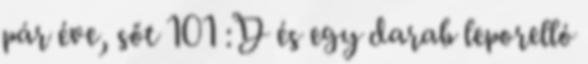
pár éve, sőt 101 :D és egy darab leporelló